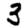
Digit: 3